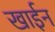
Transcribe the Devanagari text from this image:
खाईन